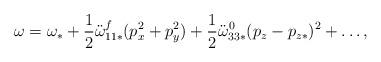
LaTeX: \begin{align*}\omega=\omega_*+ \frac{1}{2}\ddot{\omega}_{11*}^{f} (p_x^2+p_y^2) +\frac{1}{2}\ddot{\omega}^0_{33*} (p_z-p_{z*})^2 + \ldots,\end{align*}